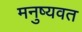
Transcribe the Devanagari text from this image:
मनुष्यवत